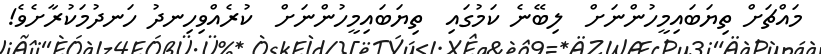
މައްޗަށް ތިޔަބައިމީހުންނަށް  ލިބޭނެ ކަމުގައި  ތިޔަބައިމީހުންނަށް  ކުރެއްވިހިނދު ހަނދުމަކުރާށެވެ!